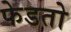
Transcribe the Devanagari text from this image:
फेडतो